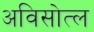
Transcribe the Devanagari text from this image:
अविसोत्ल